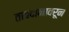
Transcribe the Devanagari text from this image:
तावदानावरून